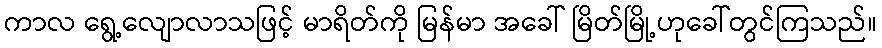
ကာလ ရွေ့လျောလာသဖြင့် မာရိတ်ကို မြန်မာ အခေါ် မြိတ်မြို့ဟုခေါ်တွင်ကြသည်။